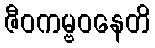
ဇီဝကမ္ဗဝနေတိ